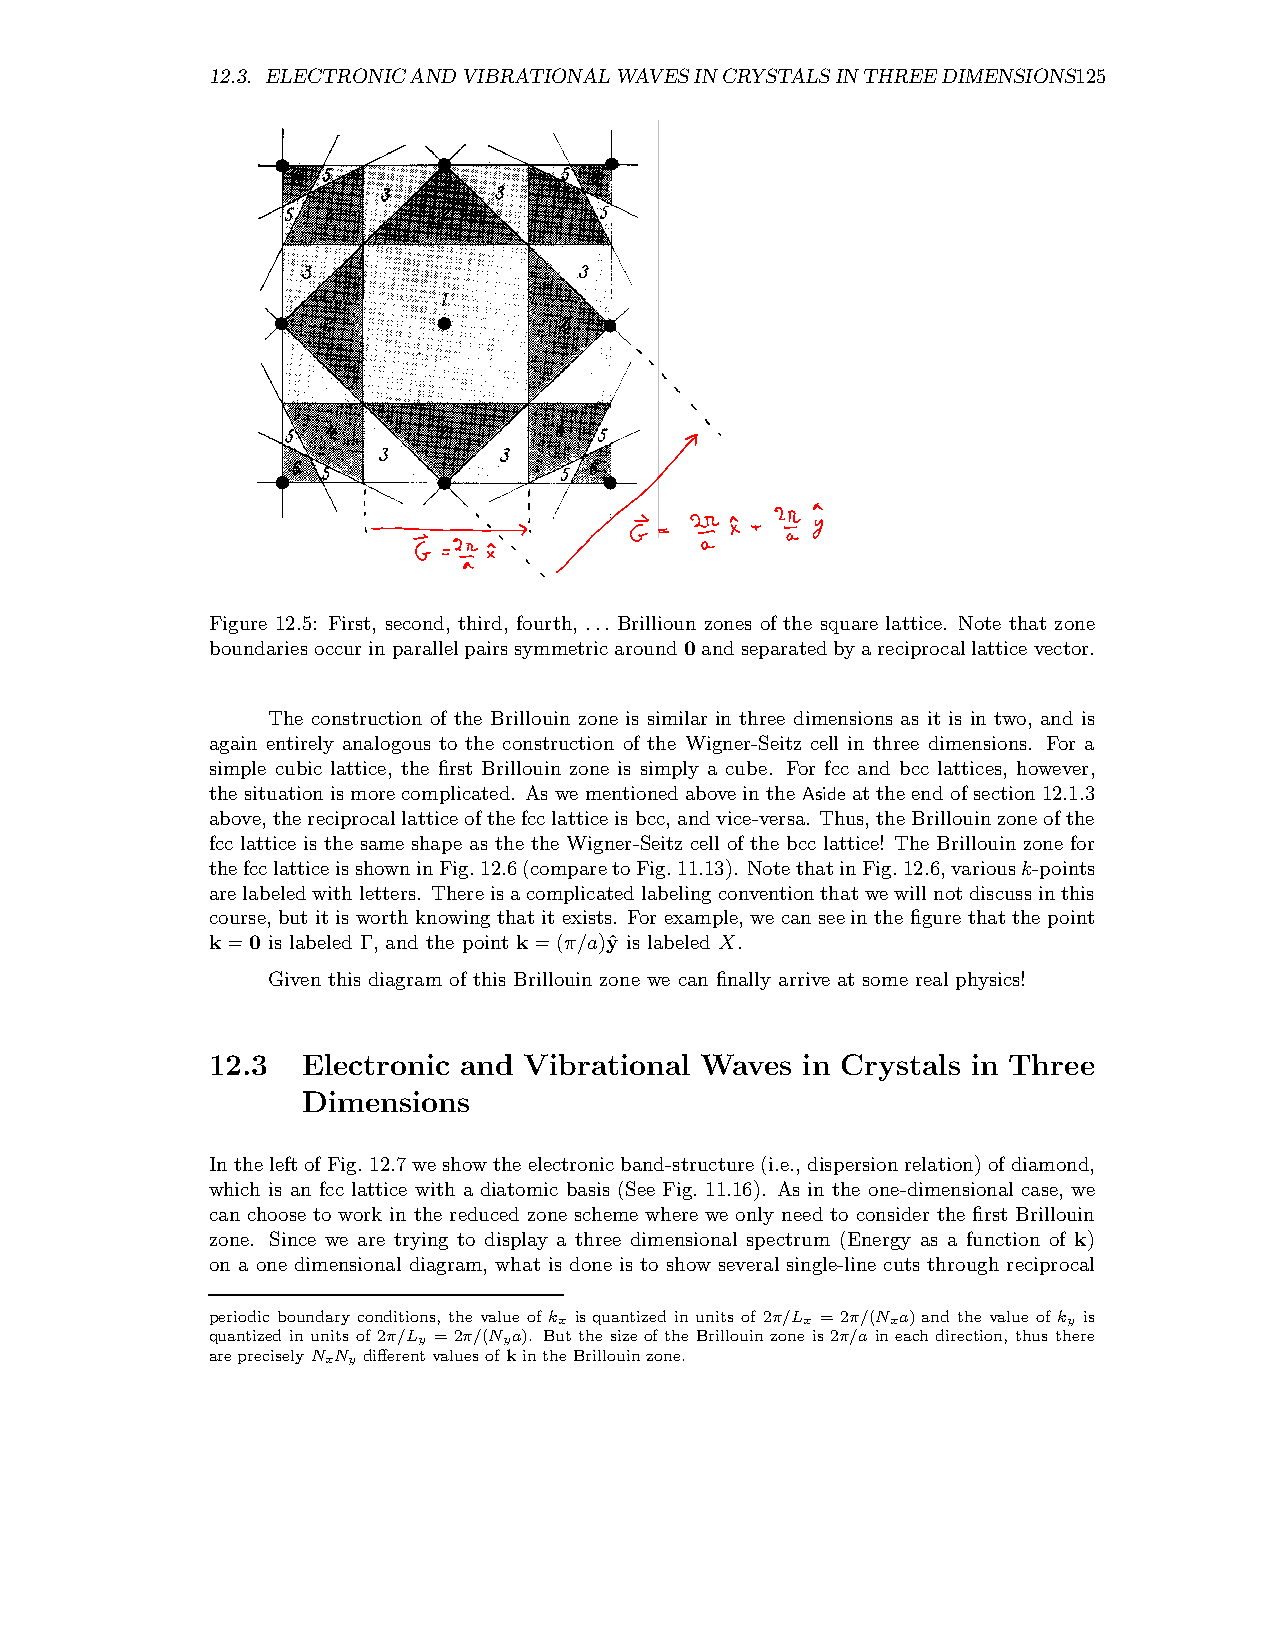
12.3. ELECTRONICANDVIBRATIONALWAVESINCRYSTALSINTHREEDIMENSIONS125
 Figure 12.5: First, second, third, fourth, ... Brillioun zones of the square lattice. Note that zone
 boundariesoccurinparallelpairssymmetricaround0andseparatedbyareciprocallatticevector.
 The construction of the Brillouin zone is similar in three dimensions as it is in two, and is
 again entirely analogous to the construction of the Wigner-Seitz cell in three dimensions. For a
 simple cubic lattice, the first Brillouin zone is simply a cube. For fcc and bcc lattices, however,
 the situationis morecomplicated. As we mentionedaboveinthe Aside atthe end ofsection12.1.3
 above,thereciprocallatticeofthefcclatticeisbcc,andvice-versa. Thus,theBrillouinzoneofthe
 fcc lattice is the same shape as the the Wigner-Seitz cell of the bcc lattice! The Brillouin zone for
 thefcclatticeisshowninFig.12.6(comparetoFig.11.13). NotethatinFig.12.6,variousk-points
 arelabeledwithletters. Thereisacomplicatedlabelingconventionthatwewillnotdiscussinthis
 course,but it is worthknowing that it exists. For example, we cansee in the figure that the point
 k=0 is labeled Γ, and the point k=(π/a)yˆ is labeled X.
 Given this diagram of this Brillouin zone we can finally arrive at some real physics!
 12.3  Electronic and Vibrational Waves in Crystals in Three
 Dimensions
 Inthe leftofFig.12.7weshowthe electronicband-structure(i.e.,dispersionrelation)ofdiamond,
 which is an fcc lattice with a diatomic basis (See Fig. 11.16). As in the one-dimensional case, we
 can choose to work in the reduced zone scheme where we only need to consider the first Brillouin
 zone. Since we are trying to display a three dimensional spectrum (Energy as a function of k)
 on a one dimensional diagram, what is done is to show several single-line cuts through reciprocal
 periodic boundary conditions, the value of kx is quantized in units of 2π/Lx = 2π/(Nxa) and the value of ky is
 quantized in units of 2π/Ly = 2π/(Nya). But the size of the Brillouinzone is 2π/a in each direction, thus there
 arepreciselyNxNy differentvaluesofkintheBrillouinzone.